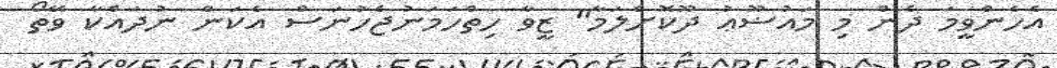
އެހެންވީމަ ދެން މި މައުޟޫޢު ދޫކޮށްލަމާ" ޒީވާ ހިތްހަމަނުޖެހުނަސް އެކަން ނުދައްކާ ވޭތޯ